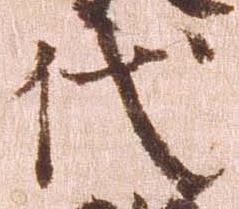
代